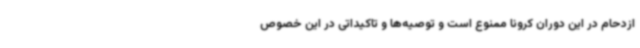
ازدحام در این دوران کرونا ممنوع است و توصیه‌ها و تاکیداتی در این خصوص